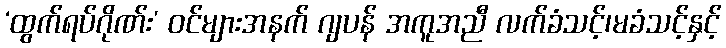
‘ထွက်ရပ်ဂိုဏ်း’ ဝင်များအနက် ဂျပန် အကူအညီ လက်ခံသင့်၊မခံသင့်နှင့်